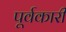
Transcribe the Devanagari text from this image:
पूर्वकारी